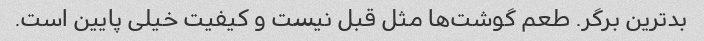
بدترین برگر. طعم گوشت‌ها مثل قبل نیست و کیفیت خیلی پایین است.